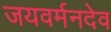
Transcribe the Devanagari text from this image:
जयवर्मनदेव